Vaccination Hyderabad 1872-1889 - 1872-1889
Year: 1872
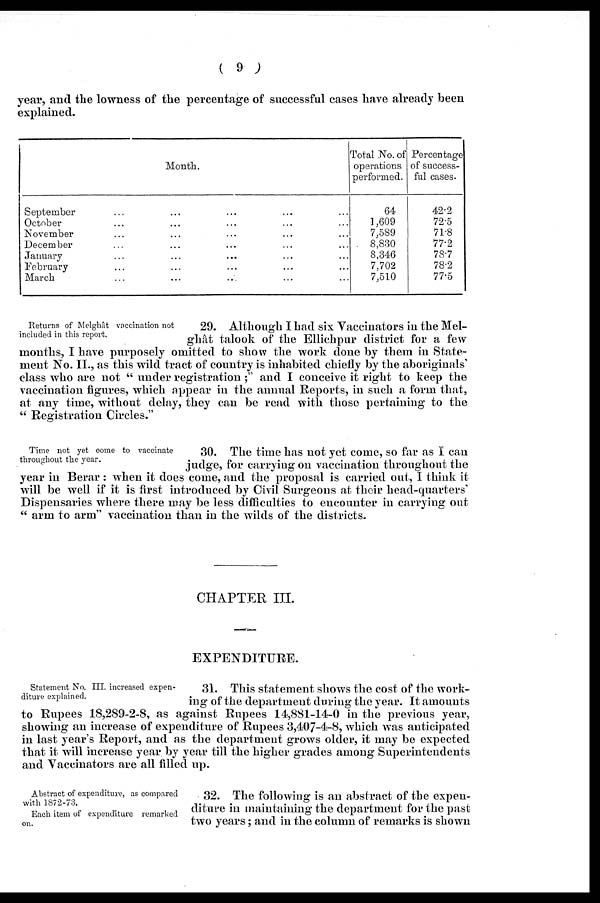
( 9 )
year, and the lowness of the percentage of successful cases have already been
explained.
Month.
September ... ... ... ... ...
October ... ... ... ... ...
November ... ... ... ... ...
December ... ... ... ... ...
January ... ... ... ... ...
February ... ... ... ... ...
March ... ... ... ... ...
Total No. of
operations
performed.
64
1,609
7,589
8,830
8,346
7,702
7,510
Percentage
of success-
ful cases.
42.2
72.5
71.8
77.2
78.7
78.2
77.5
Returns of Melghât vaccination not
included in this report.
29. Although I had six Vaccinators in the Mel-
ghât talook of the Ellichpur district for a few
months, I have purposely omitted to show the work done by them in State-
ment No. II., as this wild tract of country is inhabited chiefly by the aboriginals'
class who are not " under registration;" and I conceive it right to keep the
vaccination figures, which appear in the annual Reports, in such a form that,
at any time, without delay, they can be read with those pertaining to the
" Registration Circles."
Time not yet come to vaccinate
throughout the year.
30. The time has not yet come, so far as I can
judge, for carrying on vaccination throughout the
year in Berar : when it does come, and the proposal is carried out, I think it
will be well if it is first introduced by Civil Surgeons at their head-quarters'
Dispensaries where there may be less difficulties to encounter in carrying out
" arm to arm" vaccination than in the wilds of the districts.
CHAPTER III.
EXPENDITURE.
Statement No. III. increased expen-
diture explained.
31. This statement shows the cost of the work-
ing of the department during the year. It amounts
to Rupees 18,289-2-8, as against Rupees 14,881-14-0 in the previous year,
showing an increase of expenditure of Rupees 3,407-4-8, which was anticipated
in last year's Report, and as the department grows older, it may be expected
that it will increase year by year till the higher grades among Superintendents
and Vaccinators are all filled up.
Abstract of expenditure, as compared
with 1872-73.
Each item of expenditure remarked
on.
32. The following is an abstract of the expen-
diture in maintaining the department for the past
two years; and in the column of remarks is shown